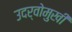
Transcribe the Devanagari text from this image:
उदर्वोमुखी